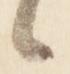
々